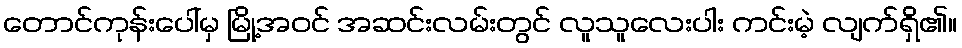
တောင်ကုန်းပေါ်မှ မြို့အဝင် အဆင်းလမ်းတွင် လူသူလေးပါး ကင်းမဲ့ လျက်ရှိ၏။